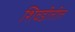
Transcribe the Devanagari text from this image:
शिवडीतील